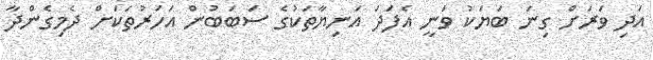
އަދި ވަރަށް ގިނަ ބަޔަކު ވަނީ އެފަދަ އަނިޔާތަކުގެ ސަބަބުން އަހަރުތަކަށް ދެމިގެންދާ